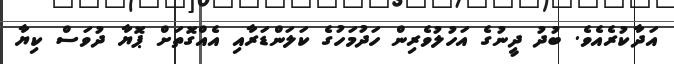
އަދާކުރެއެވެ. ބުދު ދީނުގެ އަހުލުވެރިން ހަދުމަހުގެ ކަލަންޑަރާއި އެއްގޮތަށް ޕޮޔާ ދުވަސް ކިޔާ